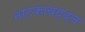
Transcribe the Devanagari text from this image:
नाटकाबद्दल